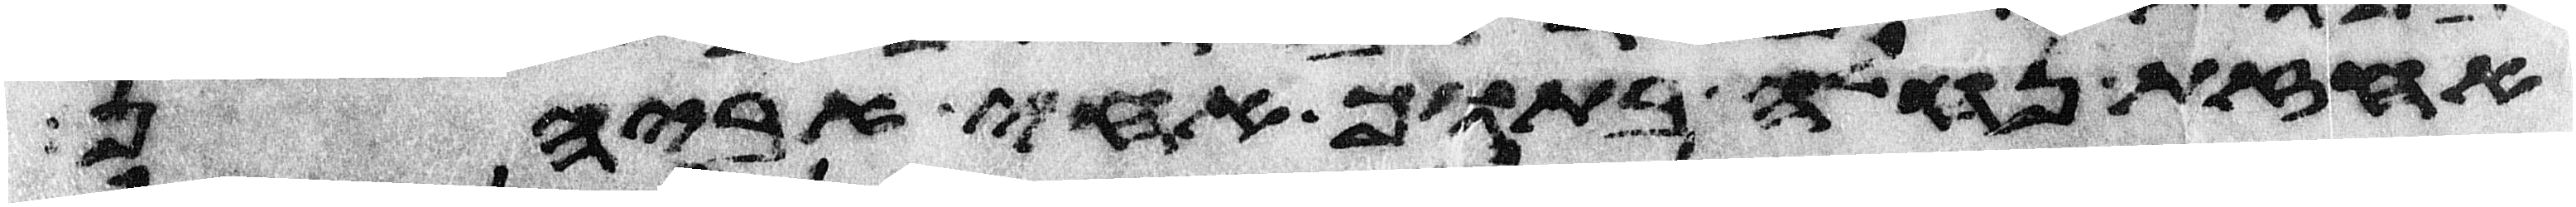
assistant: אחזת נחלה בתוך אחי אביהן